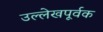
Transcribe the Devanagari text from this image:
उल्लेखपूर्वक